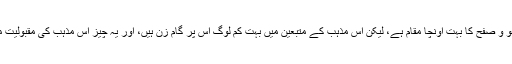
مثلاً عیسائیت جن کی تعلیمات میں عفو و صفح کا بہت اونچا مقام ہے، لیکن اس مذہب کے متبعین میں بہت کم لوگ اس پر گام زن ہیں، اور یہ چیز اس مذہب کی مقبولیت میں مانع بننے کا ذریعہ بن جاتی ہے۔